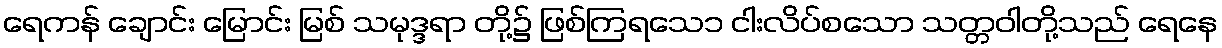
ရေကန် ချောင်း မြောင်း မြစ် သမုဒ္ဒရာ တို့၌ ဖြစ်ကြရသေ၁ ငါးလိပ်စသော သတ္တဝါတို့သည် ရေနေ